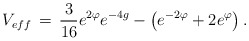
\begin{align*} V_{eff}\,=\,\frac{3}{16}e^{2\varphi}e^{-4g}-\left(e^{-2\varphi}+2e^{\varphi}\right).\end{align*}